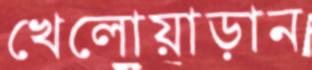
খেলোয়াড়ান